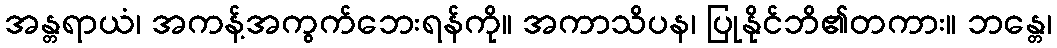
အန္တရာယံ၊ အကန့်အကွက်ဘေးရန်ကို။ အကာသိပန၊ ပြုနိုင်ဘိ၏တကား။ ဘန္တေ၊